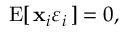
\operatorname { E } [ \, \mathbf { x } _ { i } \varepsilon _ { i } \, ] = 0 ,